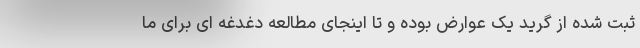
ثبت شده از گرید یک عوارض بوده و تا اینجای مطالعه دغدغه ای برای ما